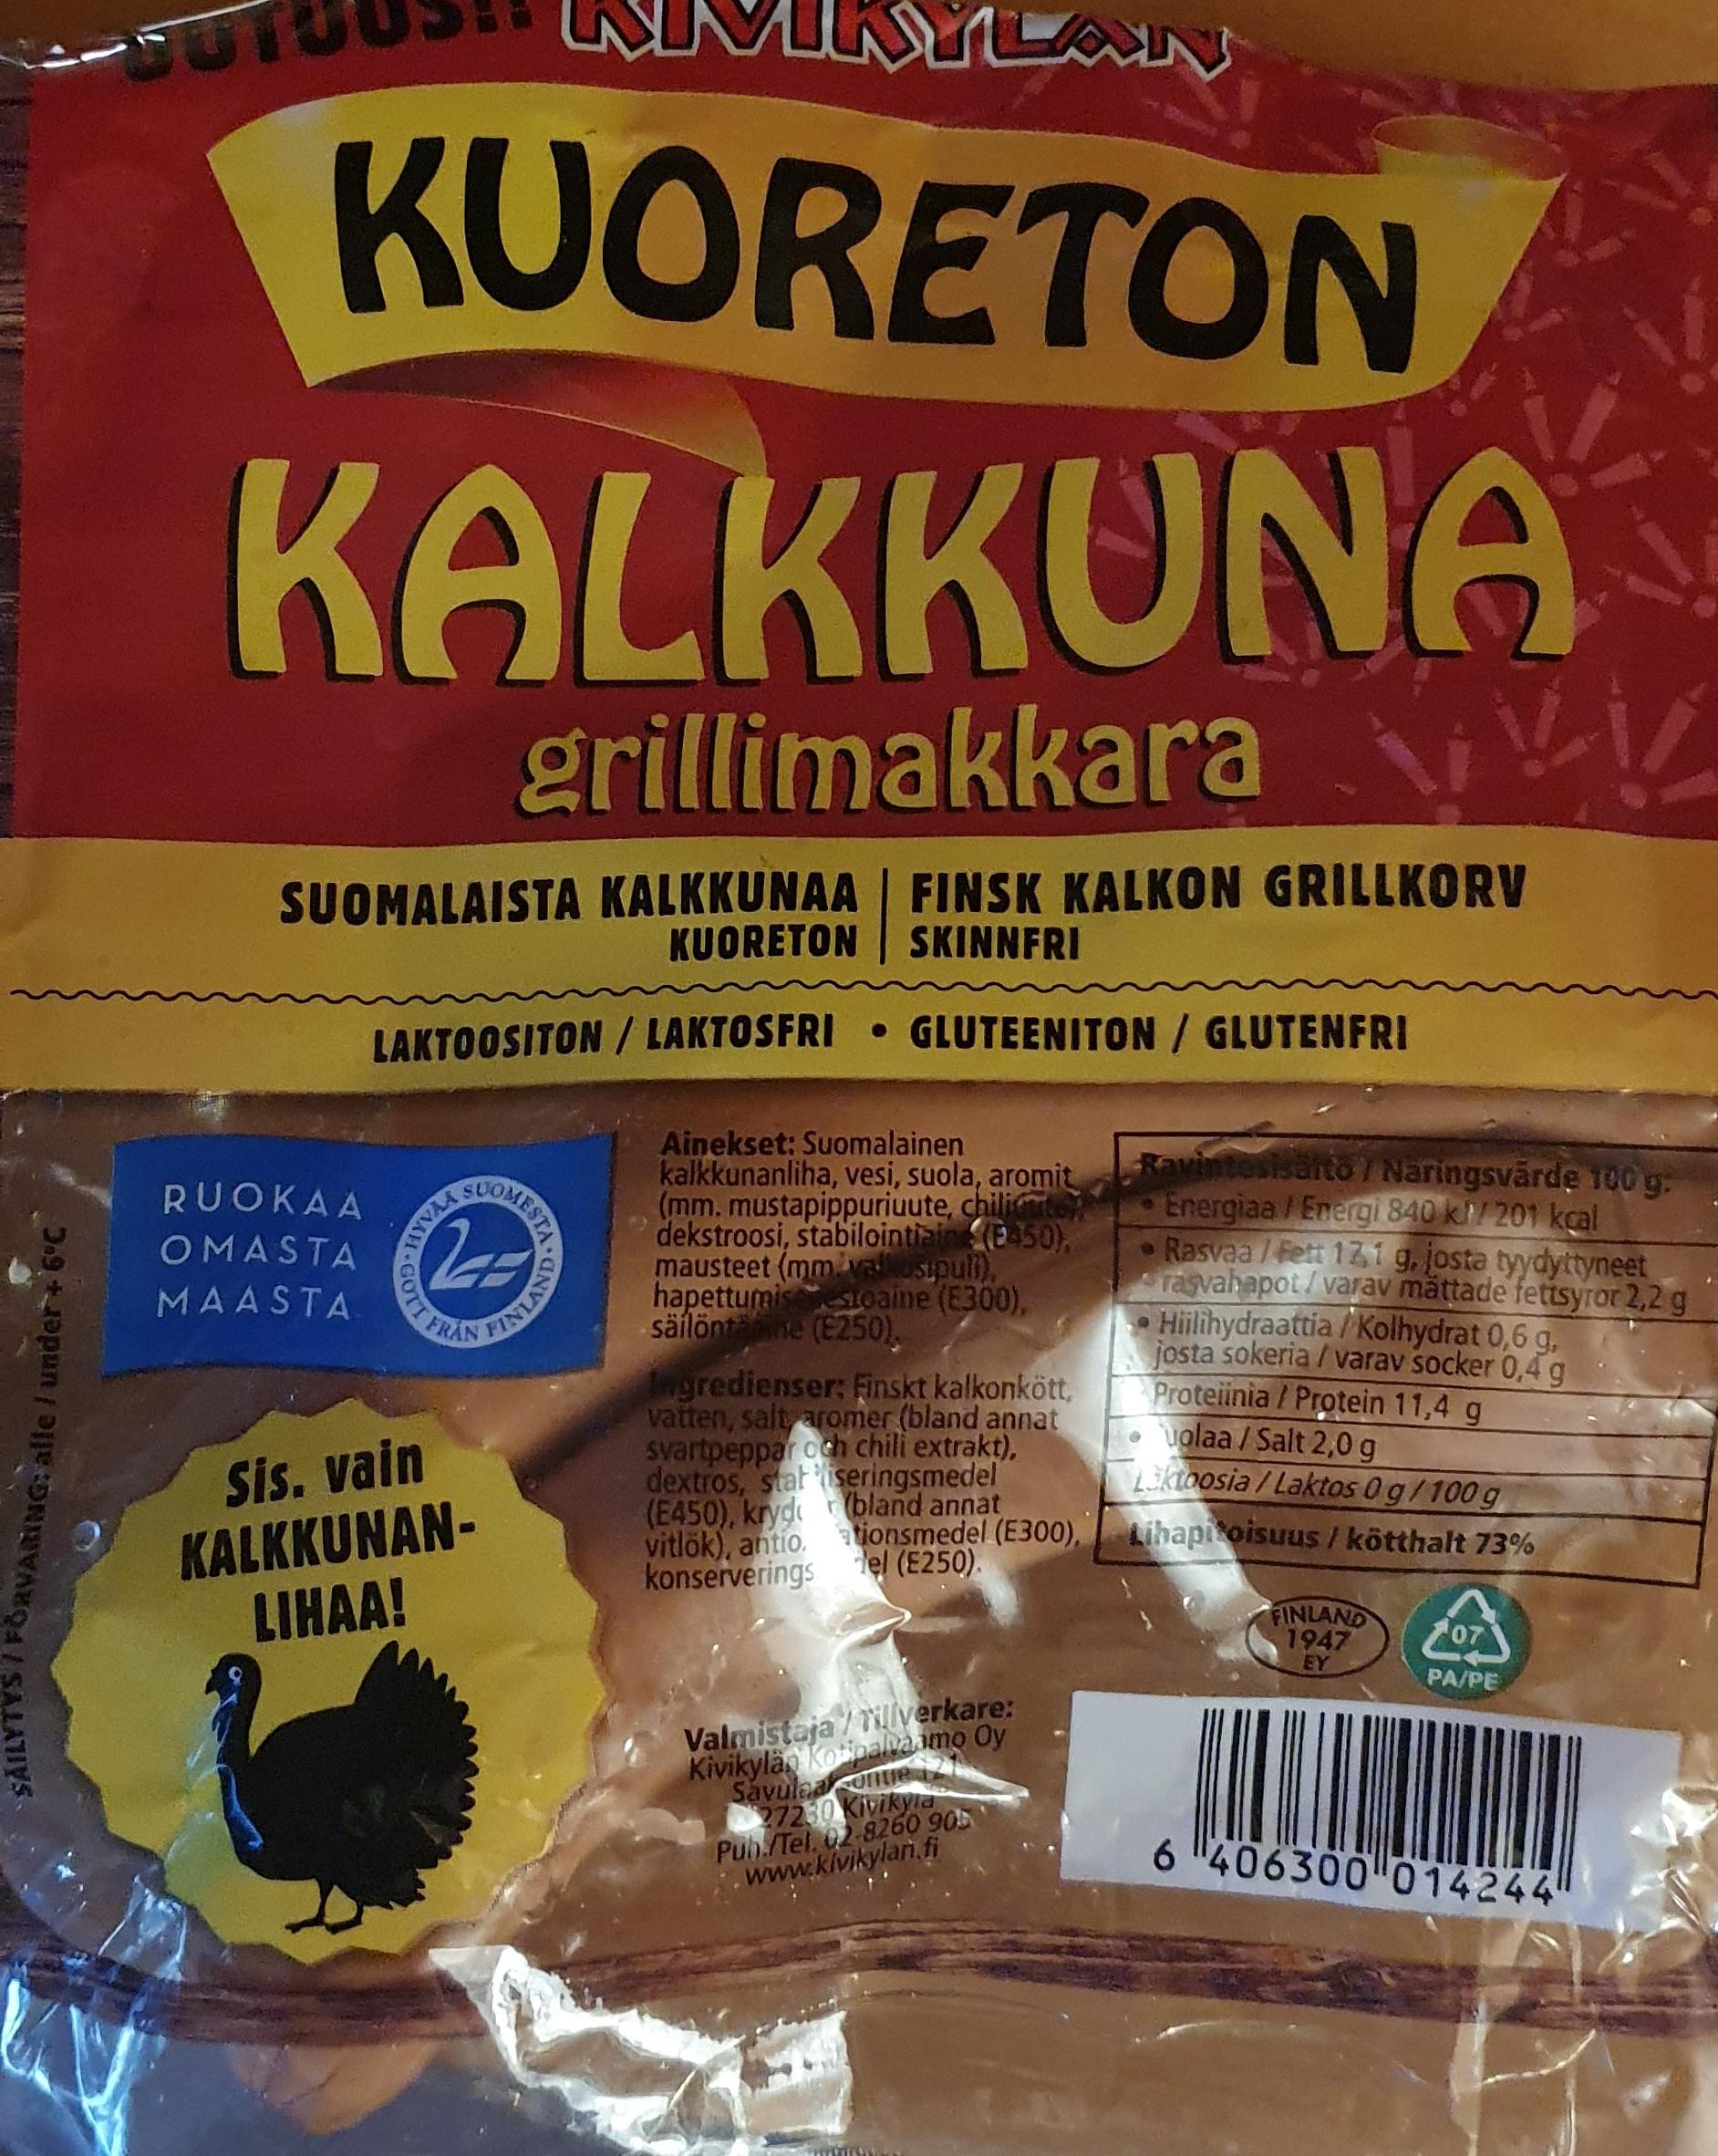
KUORETON KALKKUNA grillimakkara SUOMALAISTA KALKKUNAA FINSK KALKON GRILLKORV KUORETON | SKINNFRI LAKTOOSITON / LAKTOSFRI • GLUTEENITON / GLUTENFRI Ainekset: Suomalainen kalkkunanliha, vesi, suola, aromit (mm. mustapippuriuute, chili dekstroosi, stabilointiain (E450), mausteet (mmvalosipuli), hapettumis oaine (E300), säílöntne (E250). Ravintesisaito / Naringsvärde 100 g. Energiaa /Energi 840 kl/201 kcal Rasvaa / fett 121 g, josta tyydyttyneet raşvahapot/varav mättade fettsyrot 2,2 g Hiilihydraattia / Kolhydrat 0,6 g. josta sokeria / varav socker 0,4 g Proteiinia / Protein 11,4 g • uolaa / Salt 2,0 g Liktoosia / Laktos 0g/100 g RUOKAA OMASTA MAASTA Ingredienser: Finskt kalkonkött, vatten, salt aromer (bland annat svartpeppar och chili extrakt), dextros, stat seringsmedel (E450), kryde bland annat vitlök), antio. tionsmedel (E300), konserverings el (E250). Sis. vain KALKKUNAN- LIHAA! Lihapitoisuus / kötthalt 73% FINLAND 1947 EY PA/PE Valmistaja / Tilverkare: Kivikylän kotipalva imo Oy Sávulea onue 27230 Kivikyia Puh./Tel. 02-8260 905 www.klvikylari.fi MUMNINIT 6 406300 014244 MESIAUNVINI S YAAH-GOTT FR SAILYTYS / FORVARING: alle / under+6°C